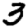
Digit: 3